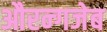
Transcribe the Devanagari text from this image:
औरन्गजेब